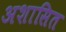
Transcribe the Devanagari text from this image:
अशासित